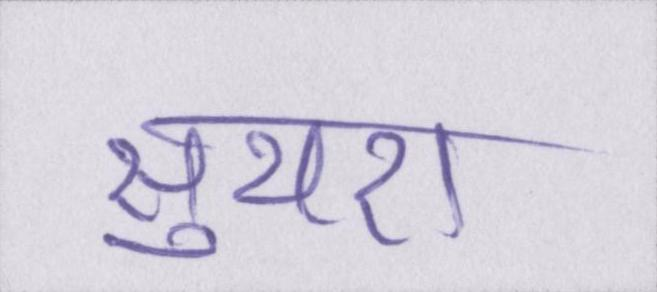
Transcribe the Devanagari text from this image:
सुथरा